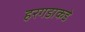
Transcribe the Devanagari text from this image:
हरगडाकडे